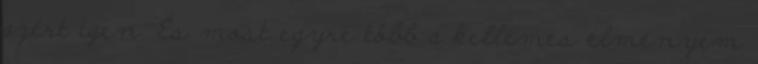
azért igen. És most egyre több a kellemes élményem